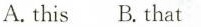
A. this B. that